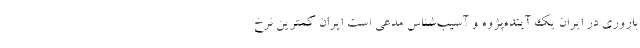
باروری در ایران یک آینده‌پژوه و آسیب‌شناس مدعی است ایران کمترین نرخ